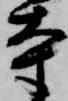
寺